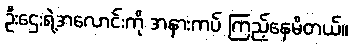
ဦးဌေးရဲ့အလောင်းကို အနားကပ် ကြည့်နေမိတယ်။